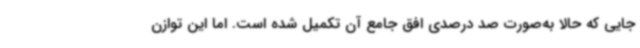
جایی که حالا به‌صورت صد درصدی افق جامع آن تکمیل شده است. اما این توازن